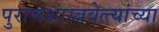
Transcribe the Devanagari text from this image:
पुराणशास्त्रवेत्त्यांच्या